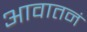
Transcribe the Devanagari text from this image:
आवातनं